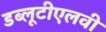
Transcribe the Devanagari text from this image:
डब्लूटीएलवी